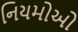
નિયમોઓ